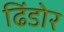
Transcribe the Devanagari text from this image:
ढिंडोर